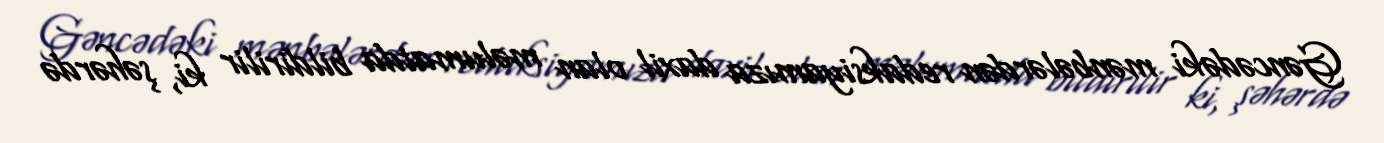
Gəncədəki mənbələrdən redaksiyamıza daxil olan məlumatda bildirilir ki, şəhərdə